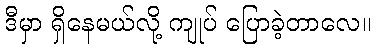
ဒီမှာ ရှိနေမယ်လို့ ကျုပ် ပြောခဲ့တာလေ။